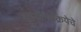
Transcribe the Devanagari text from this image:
अनोन्यक्रियेचे